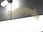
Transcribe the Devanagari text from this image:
मिथकशास्त्रांमधील